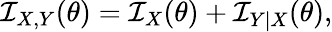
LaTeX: {\mathcal{I}}_{X,Y}(\theta)={\mathcal{I}}_{X}(\theta)+{\mathcal{I}}_{Y\mid X}(\theta),